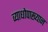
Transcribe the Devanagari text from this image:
व्याधोपाख्यान